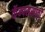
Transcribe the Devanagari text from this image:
कॅम्पससाठी